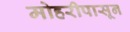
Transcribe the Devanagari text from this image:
मोहरीपासून